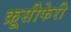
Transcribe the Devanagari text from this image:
क्रूसीफेरी